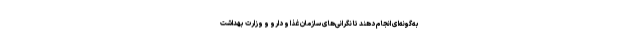
به‌گونه‌ای انجام دهند تا نگرانی‌های سازمان غذا و دارو و وزارت بهداشت